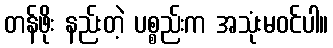
တန်ဖိုး နည်းတဲ့ ပစ္စည်းက အသုံးမဝင်ပါ။